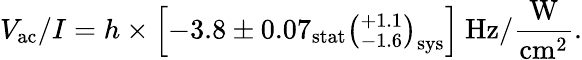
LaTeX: V_{\mathrm{ac}}/I=h\times\left[-3.8\pm 0.07_{\mathrm{stat}}\left(^{+1.1}_{-1.6}\right)_{\mathrm{sys}}\right]~\mathrm{Hz/\frac{W}{cm^{2}}}.